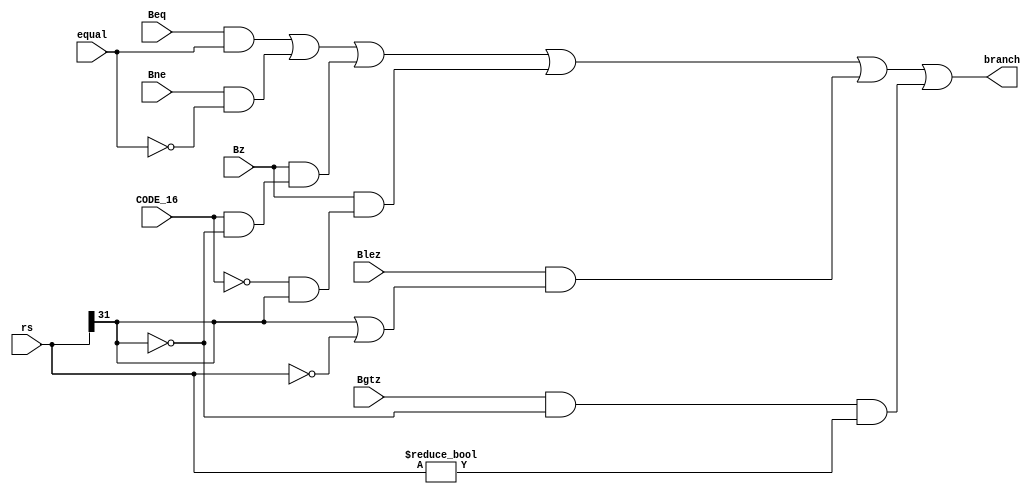
`timescale 1ns / 1ps
module Branch(Bne,Beq,Blez,Bgtz,Bz,equal,CODE_16,rs,branch);
    input Bne,Beq,Blez,Bgtz,Bz,equal,CODE_16;   //RGY CODE_16  BLTZ / BGEZ OP, 
    input [31:0]rs;    
    output branch;  
    
    assign branch = (Beq&equal) 
                        | (Bne&(~equal)) 
                        | Bz&(CODE_16&(~rs[31]))
                        | Bz&(~CODE_16&rs[31])
                        | (Blez&(rs[31]|(rs==0)))
                        | (Bgtz&(~rs[31])&(rs!=0)) ;
endmodule